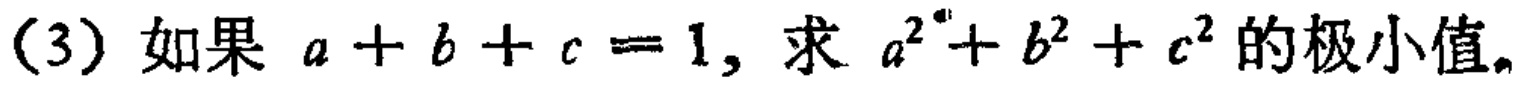
(3) 如果 \(a + b + c = 1\), 求 \(a^{2}+b^{2}+c^{2}\) 的极小值。